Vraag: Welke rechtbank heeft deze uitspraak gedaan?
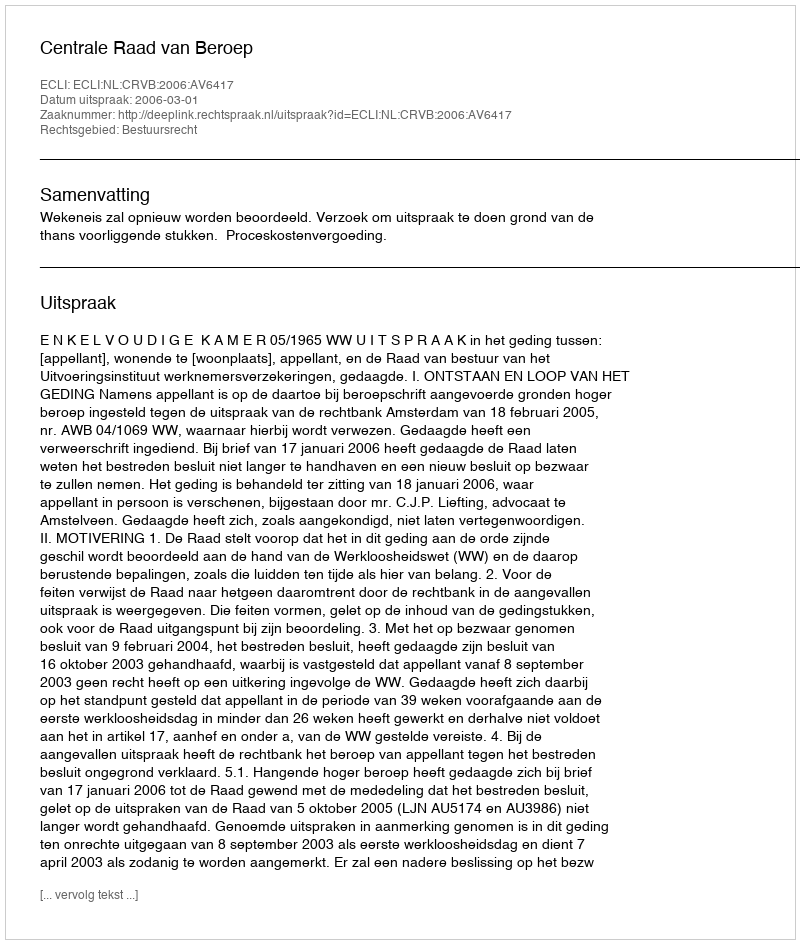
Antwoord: Centrale Raad van Beroep